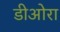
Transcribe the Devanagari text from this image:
डीओरा